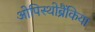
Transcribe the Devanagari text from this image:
ओपिस्थोब्रैंकिया